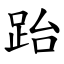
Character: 跆